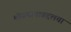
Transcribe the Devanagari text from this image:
मोजमापाबद्दलचा